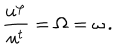
\frac { u ^ { \varphi } } { u ^ { t } } = \Omega = \omega \, .